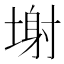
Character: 塮